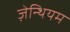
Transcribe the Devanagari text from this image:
ज़ेन्थियम